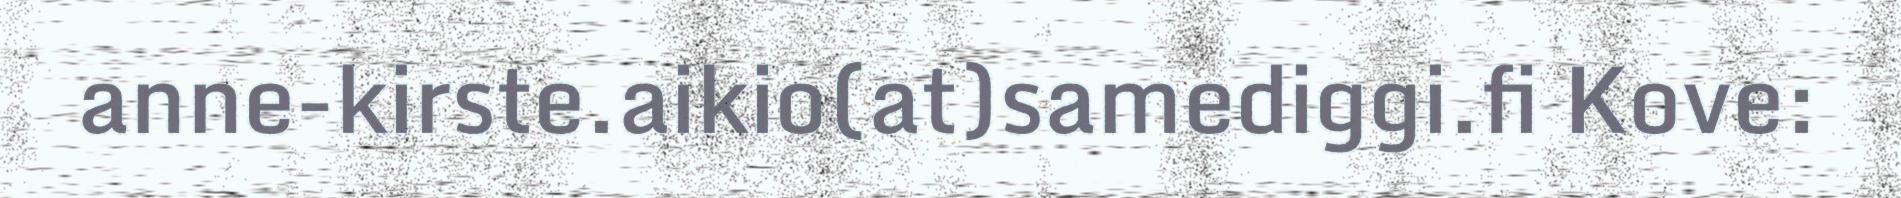
anne-kirste.aikio(at)samediggi.fi Kove: